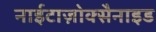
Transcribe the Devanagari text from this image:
नाईटाज़ोक्सैनाइड